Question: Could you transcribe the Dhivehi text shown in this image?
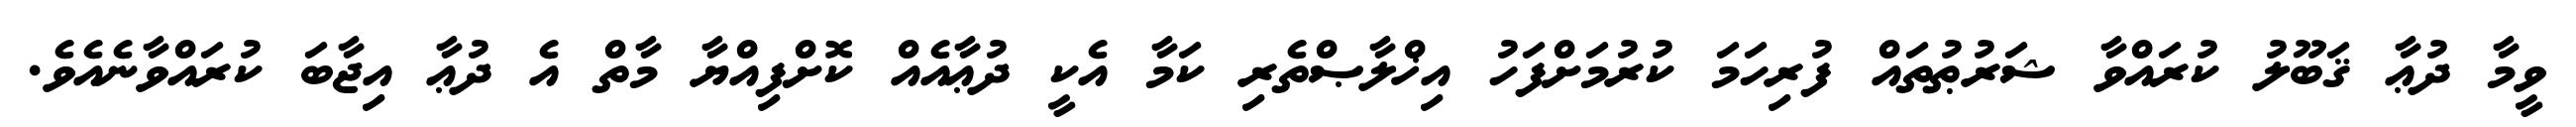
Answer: ވީމާ ދުޢާ ޤަބޫލު ކުރައްވާ ޝަރުޠުތައް ފުރިހަމަ ކުރުމަށްފަހު އިޚްލާޞްތެރި ކަމާ އެކީ ދުޢާއެއް ކޮށްފިއްޔާ މާތް އެ ދުޢާ އިޖާބަ ކުރައްވާނެއެވެ.